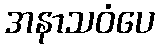
အနာသဝံပေ